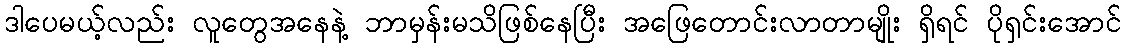
ဒါပေမယ့်လည်း လူတွေအနေနဲ့ ဘာမှန်းမသိဖြစ်နေပြီး အဖြေတောင်းလာတာမျိုး ရှိရင် ပိုရှင်းအောင်